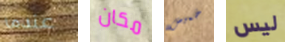
عندما مكان خميس ليس